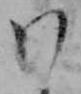
わ